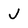
Character: J